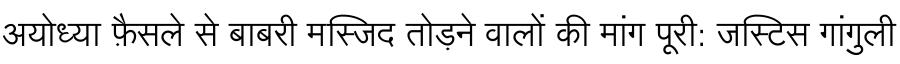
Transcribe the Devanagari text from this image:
अयोध्या फ़ैसले से बाबरी मस्जिद तोड़ने वालों की मांग पूरी: जस्टिस गांगुली